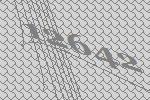
12642